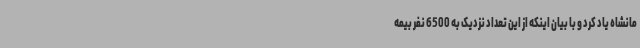
مانشاه یاد کرد و با بیان اینکه از این تعداد نزدیک به 6500 نفر بیمه